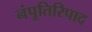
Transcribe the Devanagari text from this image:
नंपूतिरिपाद